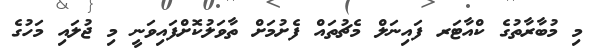
މި މުބާރާތުގެ ކްއާޓަރ ފައިނަލް މެޗުތައް ފެށުމަށް ތާވަލުކޮށްފައިވަނީ މި ޖުލައި މަހުގެ